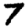
Digit: 7